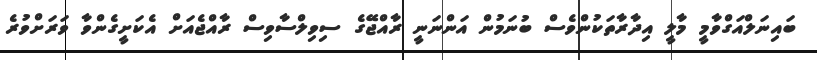
ބައިނަލްއަގްވާމީ މާލީ އިދާރާތަކުންވެސް ބުނަމުން އަންނަނީ ރާއްޖޭގެ ސިވިލްސާވިސް ރާއްޖެއަށް އެކަށީގެންވާ ވަރަށްވުރެ